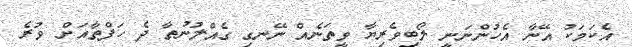
އެކަމަކު އޭނާ އެހުންނަނީ ލޯބިވެރިޔާ ވީތަނެއް ނޭނގި ގެއްލުނުތާ ދެ ހަފްތާއަށް ވުރެ